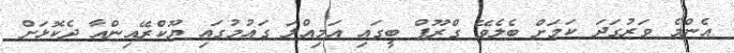
އެންމެ ވަރުގަދަ ކަމަށް ބެލެވޭ ގްރޫޕް ބީގައި އަމިއްލަ ގައުމުގައި ޔޫކްރޭއިންއާ ދެކޮޅަށް